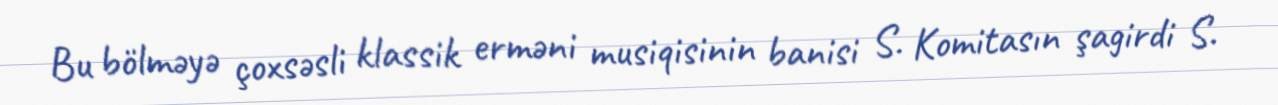
Bu bölməyə çoxsəsli klassik erməni musiqisinin banisi S. Komitasın şagirdi S.